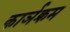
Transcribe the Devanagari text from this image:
कार्ञक्रम